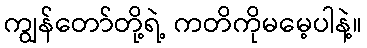
ကျွန်တော်တို့ရဲ့ ကတိကိုမမေ့ပါနဲ့။